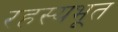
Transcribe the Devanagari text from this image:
रहस्यभूत